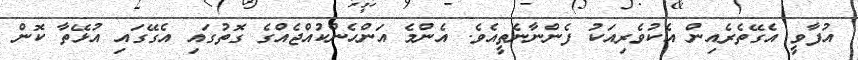
އުފާވީ އެގޭތެރެއިން އެކުވެރިއަކު ފެންނާނެތީއެވެ. އެންމެ އަންހެންކުއްޖެއްގެ ގޮތުގައި އެގޭގައި އުޅޭތާ ކޮން